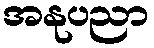
အနုပညာ